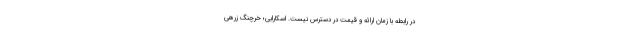
در رابطه با زمان ارائه و قیمت در دسترس نیست. اسکارابی؛ خرچنگ زرهی